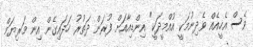
ވެސް އެހީއެއް ވެދިނުމަކީ އުއްމީދަކީ" އިންޑިއާއަށް ފުރަން ދަތުރު ހަދައިގެން އިން މަރިޔަމް